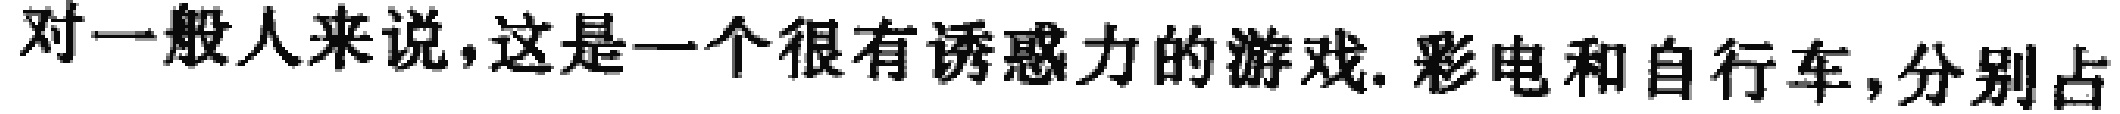
对一般人来说,这是一个很有诱惑力的游戏. 彩电和自行车,分别占